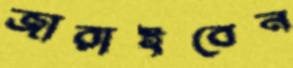
জারাইবেন